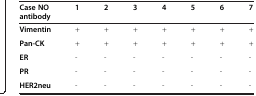
| Case NO antibody | 1 | 2 | 3 | 4 | 5 | 6 | 7 |
 | --- | --- | --- | --- | --- | --- | --- | --- |
 | Vimentin | + | + | + | + | + | + | + |
 | Pan-CK | + | + | + | + | + | + | + |
 | ER | - | - | - | - | - | - | - |
 | PR | - | - | - | - | - | - | - |
 | HER2neu | - | - | - | - | - | - | - |